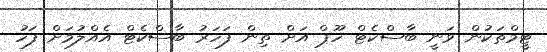
ޓީމްތަކުން ވަނީ ބާސްކެޓް ހޫޕް އަށް ތިން ފަހަރު ބާސްކެޓް އެއްލުމަށް ފަހު